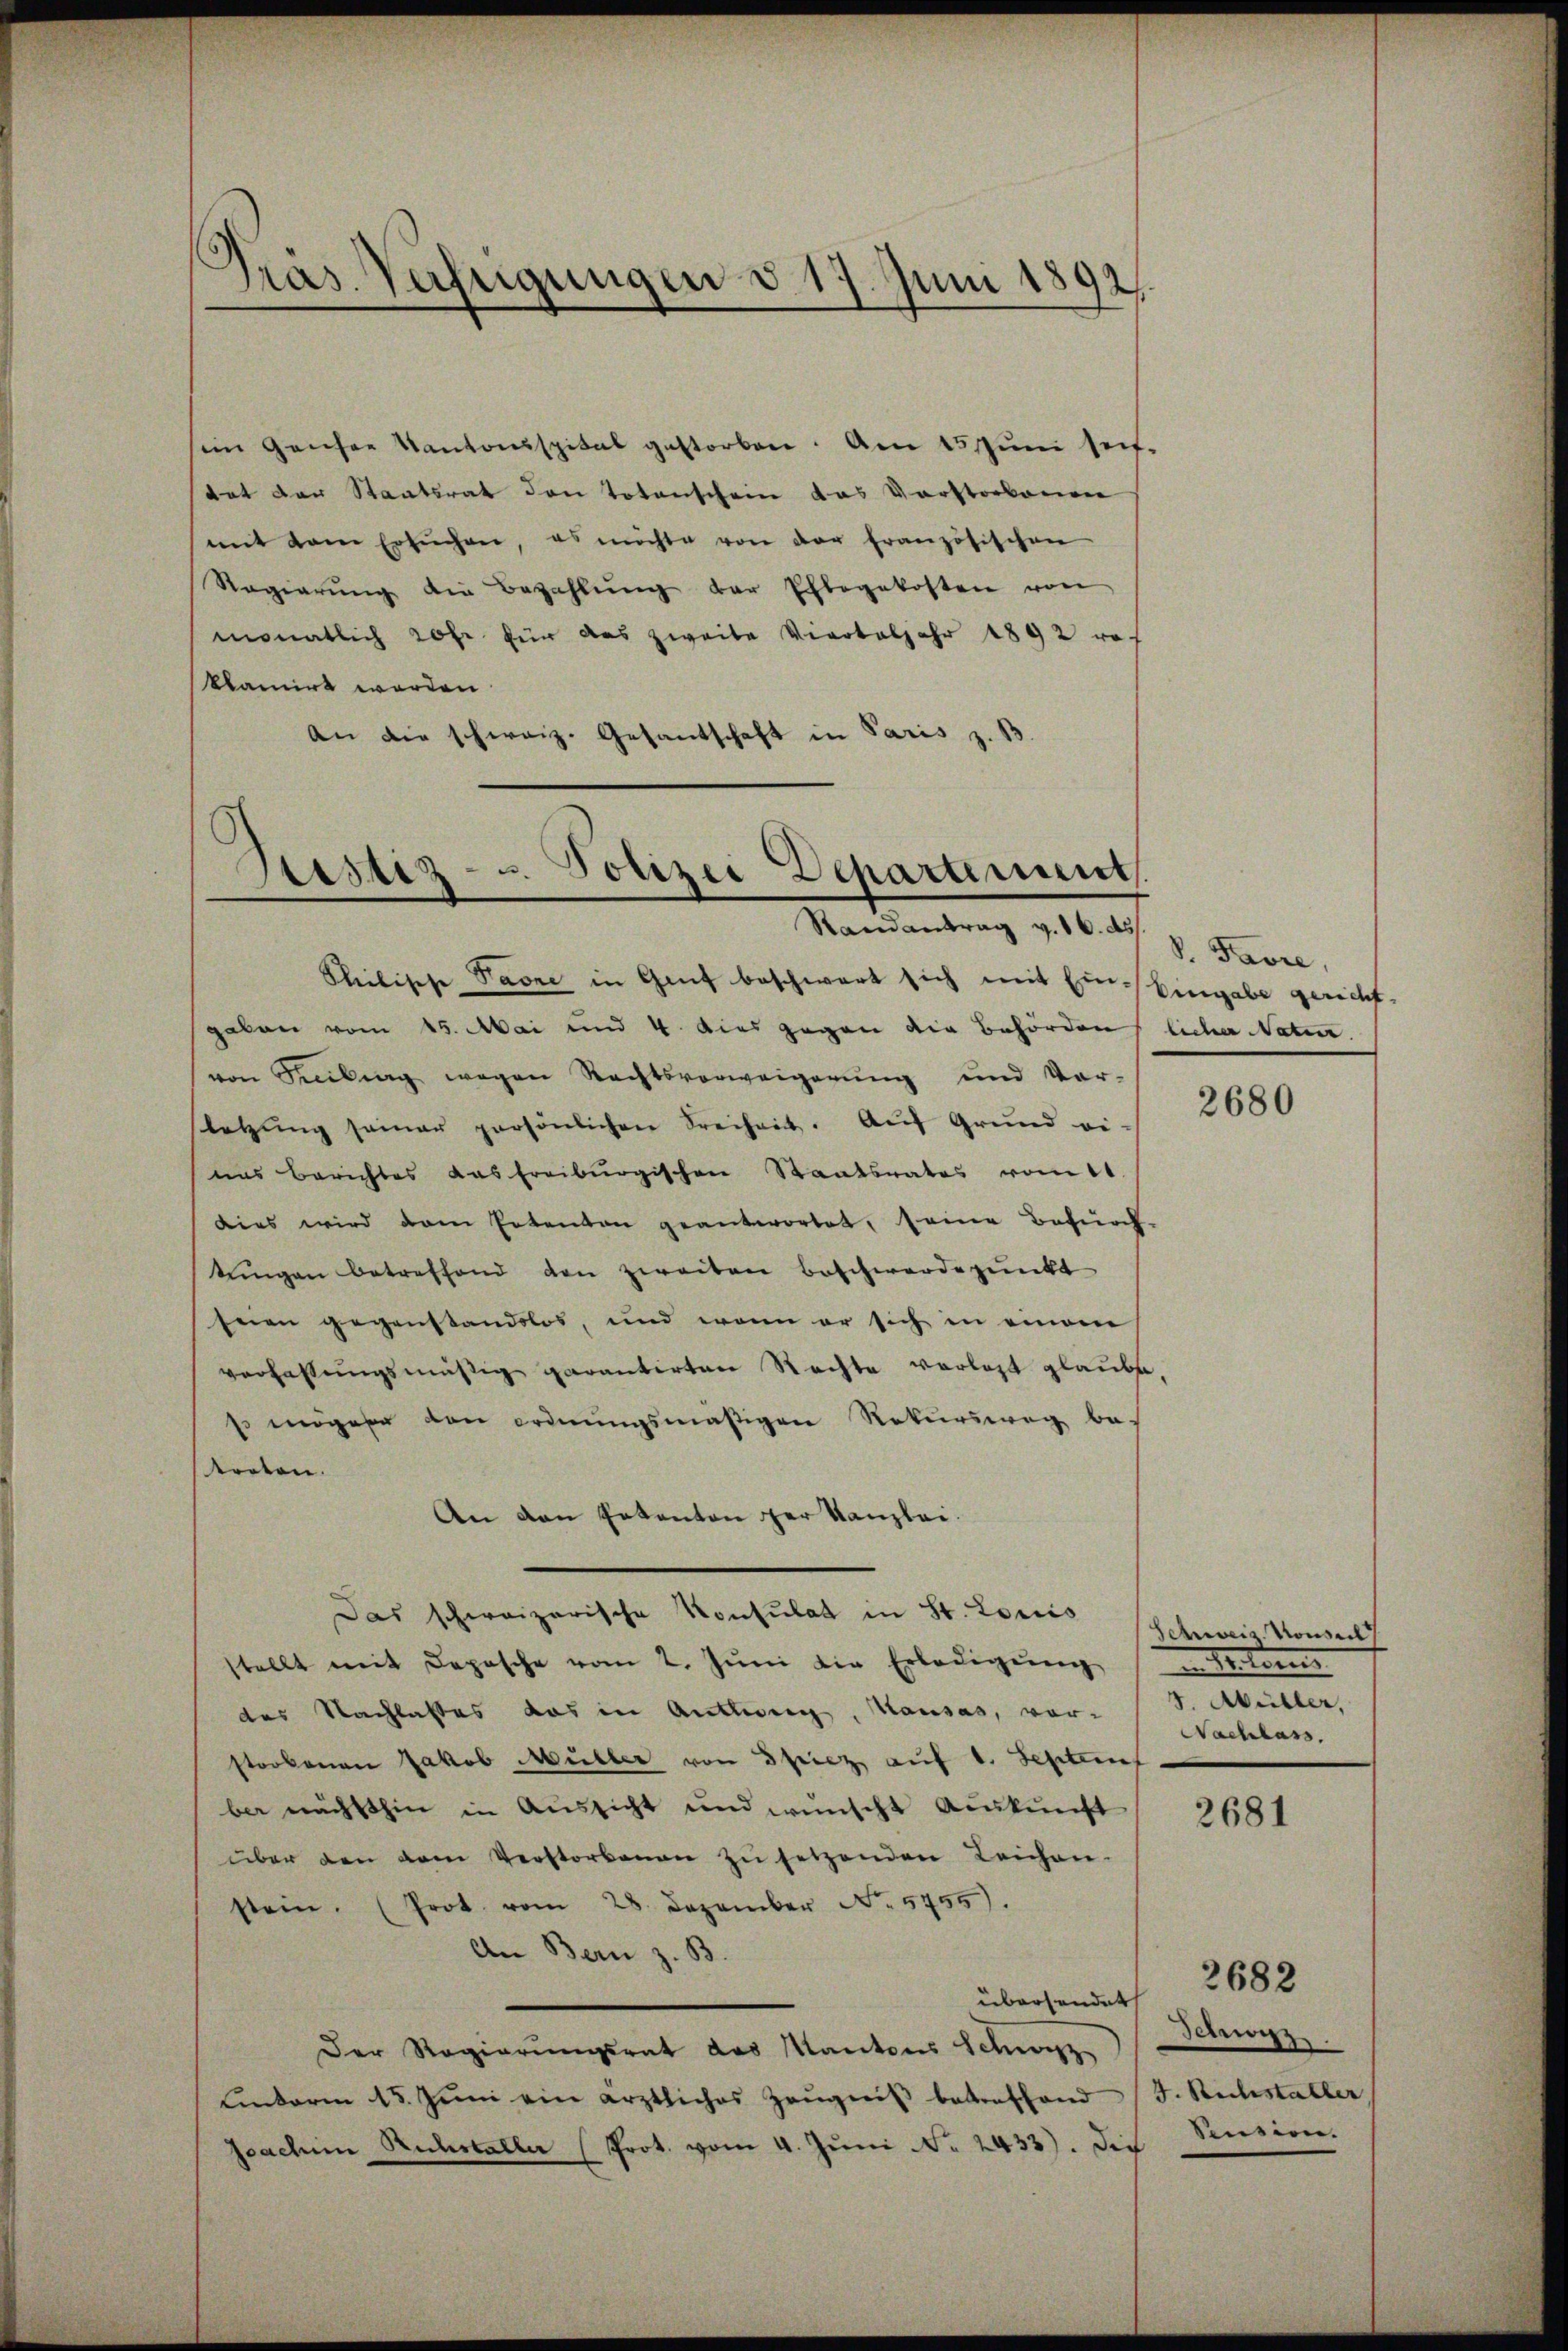
Gras Verfügungen d. 17. Juni 1892.

sim ganzen Kantonsspital gestorben. Am 15. Jŭni seit
tat der Staatsrat den Totenschein das Vorstorbenen
mit dem ersŭchen, es möchte von der französischen
Ragierŭng die Bezahlŭng der Erlegekosten von
monatlich Rohr für das zweite Vierteljahr 1892 ro-
klamirt worden
An die schweiz. Gesandschaft in Paris z. B

Bestiz- u. Polizei Deparament.
Randantrag v. 16. ds

Shilische Parze in Genf beschwart sich mit Ein Eingabe gericht.
gakan vom 15. Mai und 4. dies gegen die Behörden
von Seilung wegen Rechtsverweigerung und Vor-
letzŭng seiner persönlichen Freiheit. Auf Grund ei-
uas Berichtes das Freiburgischen Staatsrates vom 11.
dies wird dem Erbenten geantwortet, seine Befund
kingen betreffend den zweiten Beschwerdepunkt
Inen gegenstandslos, und wenn er sich in einem
verfassungsmäßig garantirten Rechte verlast glaube,
 gabe den ordnungsmäßigen Rekursweg be-
treten.
An den Erkanton der Kanzlei.
Das schweizerische Konsulat in St. Louis
stellt mit Depesche vom 2. Jŭni die Erledigŭng endlos
des Nachlasses das in Anteig, Hausas, vor-
strokenen Jakob Müller von Spiez, auf 1. Septem
ber nächsthin in Aussicht und wünscht Auskunft
über den vom Verstorbenen zŭ setzenden Leichen-
stein. (Prot. vom 28. Dezember No. 5755).
An Bern z. B.
übersendet
Der Regierungsrat des Kantons Schweiz
Einterm 15. Jŭni ein ärztliches Zeŭgniβ betreffend (T. Rechstabler
Joachim Ruchstaller (Prot. vom 4. Juni No 2433). Die Sension.

V. Favre,
licher Natur

2680

Schweiz. Konseil
J. Müller,
Nachlass.

2681

Schwyz.

2682